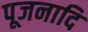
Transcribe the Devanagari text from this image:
पूजनादि